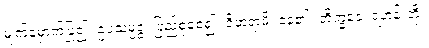
မျက်မှောက်ပြု၍။ ဥပသမ္ပဇ္ဇ၊ ပြည့်စုံစေ၍။ ဝိဟရာမိ၊ နေ၏။ ဘိက္ခဝေ၊ ရဟန်းတို့။